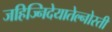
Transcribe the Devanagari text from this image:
जहिज्निदेयातेल्नोस्ती